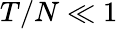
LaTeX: T/N\ll 1